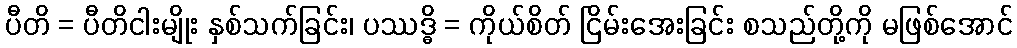
ပီတိ = ပီတိငါးမျိုး နှစ်သက်ခြင်း၊ ပဿဒ္ဓိ = ကိုယ်စိတ် ငြိမ်းအေးခြင်း စသည်တို့ကို မဖြစ်အောင်